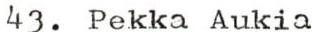
43. Pekka Aukia